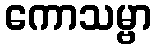
ကောသမ္ဗာ